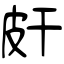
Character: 皯